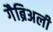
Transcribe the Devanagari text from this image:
गैब्रिअली